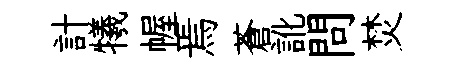
計犧幄焉蒼訛問焚